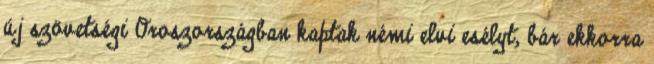
új szövetségi Oroszországban kaptak némi elvi esélyt, bár ekkorra